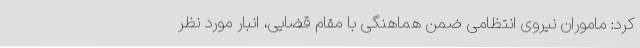
کرد: ماموران نیروی انتظامی ضمن هماهنگی با مقام قضایی، انبار مورد نظر